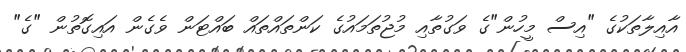
އާއިލާތަކުގެ "އިސް މީހުން"ގެ ވަގުތާއި މުޖުތަމައުގެ ކަންތައްތައް ބައްޓަން ވެގެން އައިގޮތުން "ގެ"